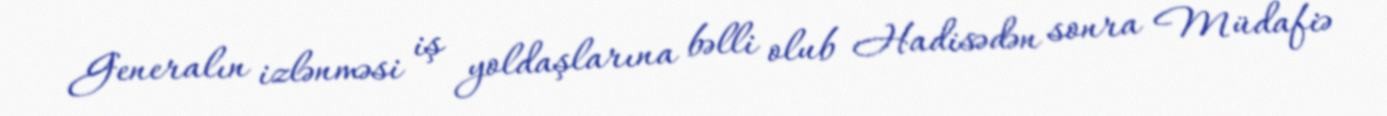
Generalın izlənməsi iş yoldaşlarına bəlli olub Hadisədən sonra Müdafiə